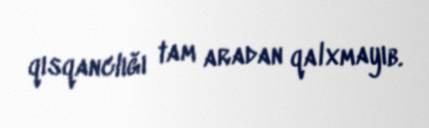
qısqanclığı tam aradan qalxmayıb.